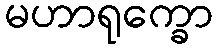
မဟာရုက္ခော